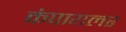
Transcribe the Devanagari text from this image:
कंपायलर